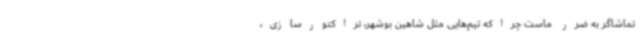
تماشاگر به ضرر ماست چراکه تیم‌هایی مثل شاهین بوشهر، تراکتورسازی،